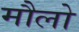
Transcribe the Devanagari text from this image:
मौलो